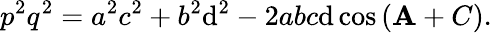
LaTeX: p^{2}q^{2}=a^{2}c^{2}+b^{2}\mathrm{d}^{2}-2abc\mathrm{d}\cos{(\mathbf{A}+C)}.